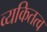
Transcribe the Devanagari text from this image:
व्यकितत्व